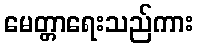
မေတ္တာရေးသည်ကား